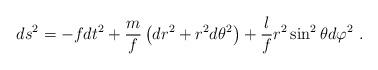
LaTeX: \begin{align*}ds^2= - f dt^2 + \frac{m}{f} \left( dr^2+ r^2d\theta^2 \right) + \frac{l}{f} r^2\sin^2\theta d\varphi^2\ .\end{align*}